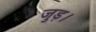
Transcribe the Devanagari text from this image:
जुड़।